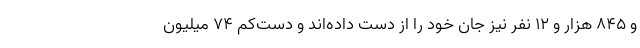
و ۸۴۵ هزار و ۱۲ نفر نیز جان خود را از دست داده‌اند و دست‌کم ۷۴ میلیون